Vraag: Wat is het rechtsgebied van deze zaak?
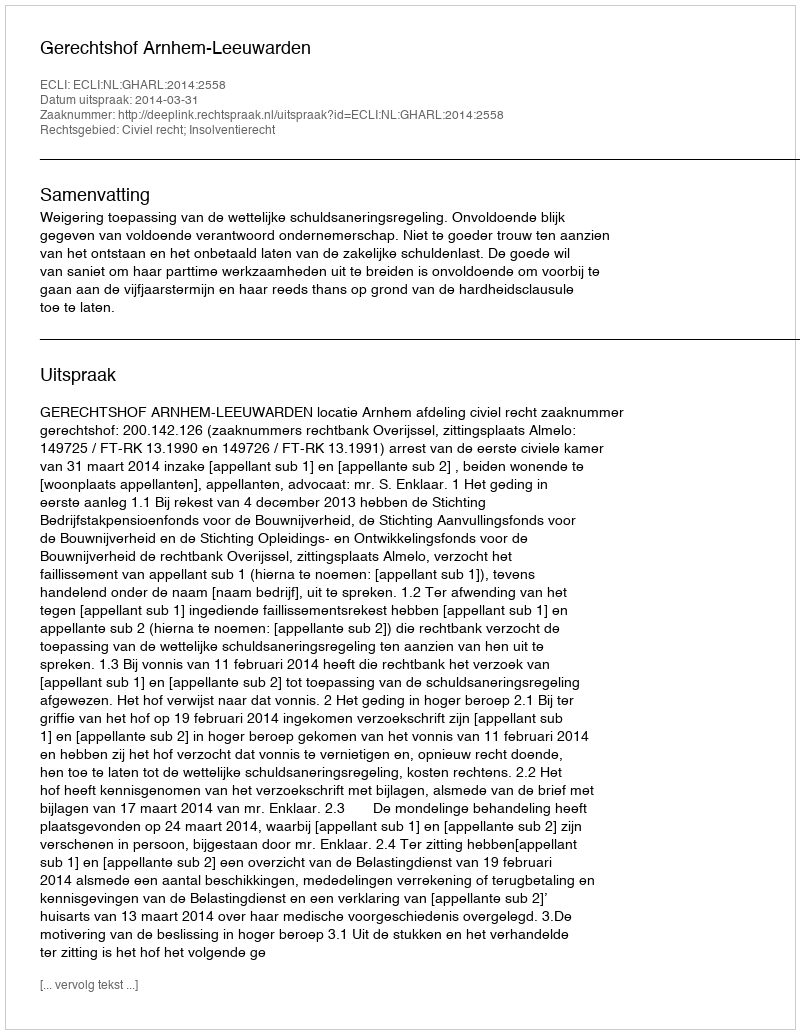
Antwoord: Civiel recht; Insolventierecht